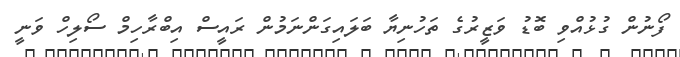
ފޯނުން ގުޅުއްވި ބޮޑު ވަޒީރުގެ ތަހުނިޔާ ބަލައިގަންނަމުން ރައީސް އިބްރާހިމް ސޯލިހް ވަނީ